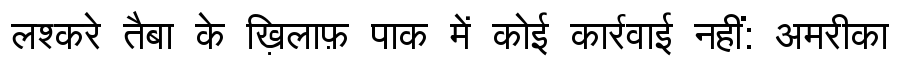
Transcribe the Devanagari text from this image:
लश्करे तैबा के ख़िलाफ़ पाक में कोई कार्रवाई नहीं: अमरीका